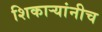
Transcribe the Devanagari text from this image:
शिकार्‍यांनीच